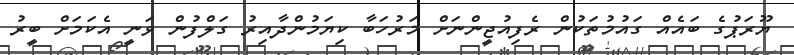
ޔޫރަޕުގެ ބައެއް ގައުމުތަކުން ރެފިއުޖީންނަށް މަރުހަބާ ކިޔަމުންދާއިރު ގަލްފުން ވަނީ އެކަމަށް ބީރު